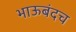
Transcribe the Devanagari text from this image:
भाऊबंदच